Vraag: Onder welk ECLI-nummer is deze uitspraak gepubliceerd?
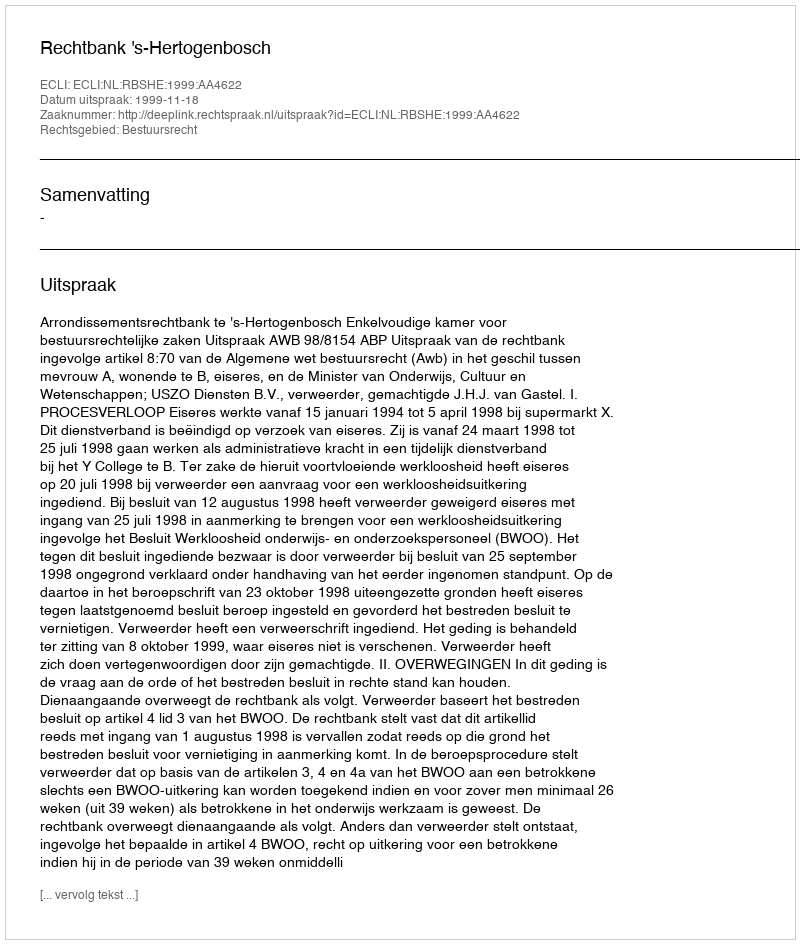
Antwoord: ECLI:NL:RBSHE:1999:AA4622